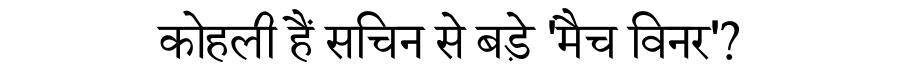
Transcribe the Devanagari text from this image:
कोहली हैं सचिन से बड़े 'मैच विनर'?